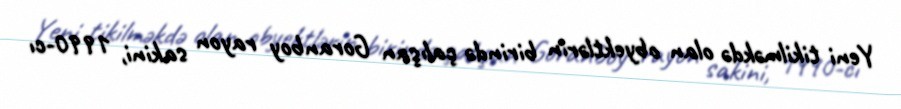
Yeni tikilməkdə olan obyektlərin birində çalışan Goranboy rayon sakini, 1990-cı